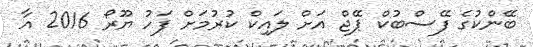
ބޭންކުގެ ފޭސްބުކް ޕޭޖް އަށް ލައިކް ކުރުމަށް ފަހު ޔޫރޯ 2016 އާ